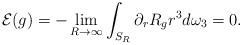
LaTeX: \begin{align*} \mathcal{E}(g)=-\lim_{R\rightarrow\infty}\int_{S_{R}}\partial_rR_g r^{3}d\omega_{3}=0.\end{align*}